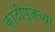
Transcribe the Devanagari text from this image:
काठीपूजेच्या